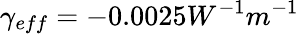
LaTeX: \gamma_{eff}=-0.0025W^{-1}m^{-1}